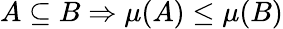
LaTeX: A\subseteq B\Rightarrow\mu(A)\leq\mu(B)